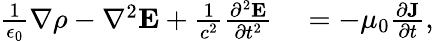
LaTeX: \begin{array}{rl}{\frac{1}{\epsilon_{0}}\nabla\rho-\nabla^{2}{\mathbf E}+\frac{1}{c^{2}}\frac{\partial^{2}{\mathbf E}}{\partial t^{2}}}&{{}=-\mu_{0}\frac{\partial{\mathbf J}}{\partial t},}\end{array}